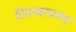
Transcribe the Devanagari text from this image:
तिरुवाचगम्‌